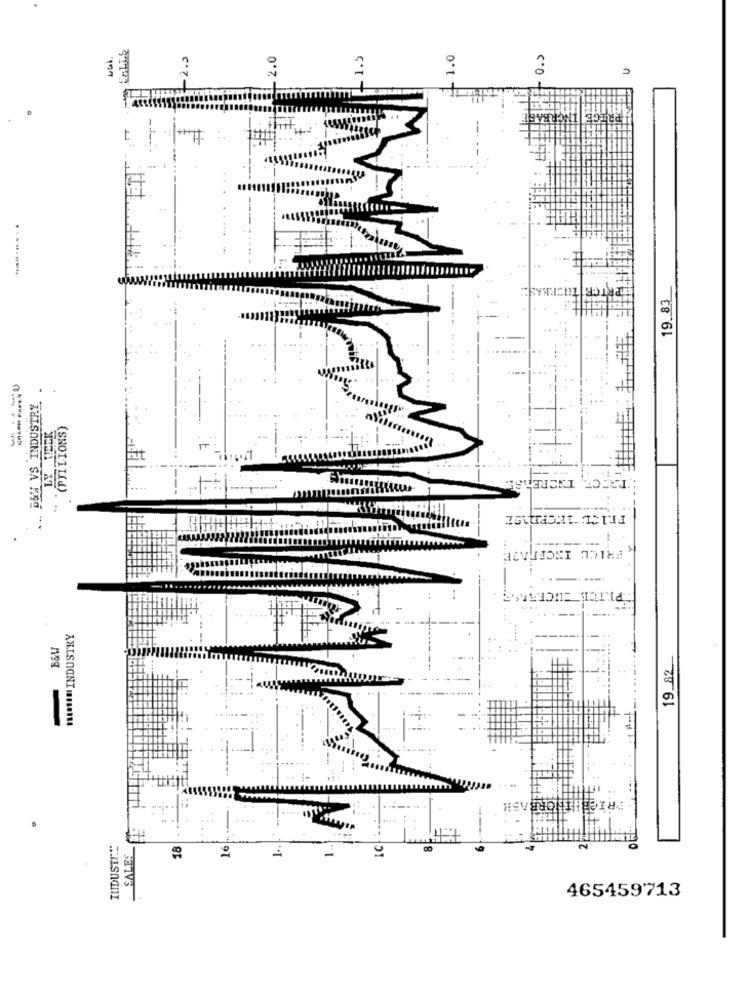
- 2.0
.1.5
1.0
0.>
PRITGE
19.83
BSH VS INDUSTRY
--
LY WEEK
'(PJILIONS)
TRECE. INCREDA
....
HIM INDUSTRY
B&W
19 82.
ORBASH
THE
INDUSTr."
18
16
IC
SALES
465459713